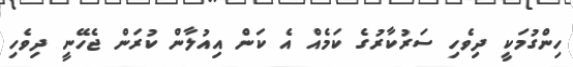
ހިންގުމަކީ ދިވެހި ސަރުކާރުގެ ކަމެއް އެ ކަން އިއުލާން ކުރަން ޖެހޭނީ ދިވެހި